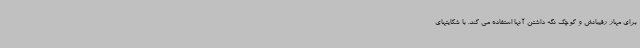
برای مهار رقیبانش و کوچک نگه داشتن آنها استفاده می کند. با شکایتهای